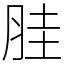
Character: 胿